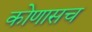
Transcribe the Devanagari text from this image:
कोणासच